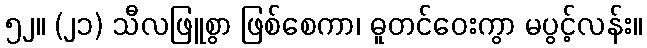
၅၂။ (၂၁) သီလဖြူစွာ ဖြစ်စေကာ၊ ဓူတင်ဝေးကွာ မပွင့်လန်း။